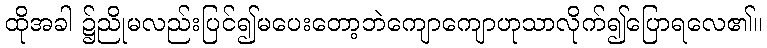
ထိုအခါ ၌ညိုမလည်းပြင်၍မပေးတော့ဘဲကျောကျောဟုသာလိုက်၍ပြောရလေ၏။